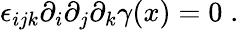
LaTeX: \epsilon_{ijk}\partial_{i}\partial_{j}\partial_{k}\gamma(x)=0\; .